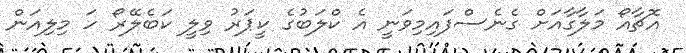
އޮޗާއޯ މަލާގާއަށް ގެނެސްފައިމިވަނީ އެ ކްލަބުގެ ކީޕަރު ވިލީ ކަބެލޭރޯ ހަ މިލިއަން